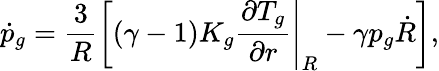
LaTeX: \dot{p}_{g}=\frac{3}{R}\left[\left(\gamma-1\right)K_{g}\left.\frac{\partial T_{g}}{\partial r}\right|_{R}-\gamma p_{g}\dot{R}\right],